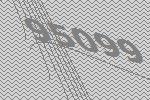
95099